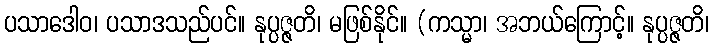
ပသာဒေါဝ၊ ပသာဒသည်ပင်။ နုပ္ပဇ္ဇတိ၊ မဖြစ်နိုင်။ (ကသ္မာ၊ အဘယ်ကြောင့်။ နုပ္ပဇ္ဇတိ၊